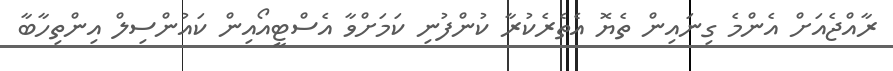
ރާއްޖެއަށް އެންމެ ގިނައިން ތެޔޮ އެތެރެކުރާ ކުންފުނި ކަމަށްވާ އެސްޓީއޯއިން ކައުންސިލް އިންތިހާބާ